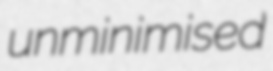
unminimised